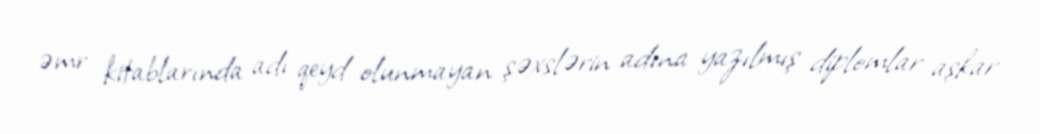
əmr kitablarında adı qeyd olunmayan şəxslərin adına yazılmış diplomlar aşkar